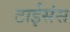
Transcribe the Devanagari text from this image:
टाईसंस